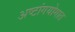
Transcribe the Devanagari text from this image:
अष्टांगयोगात